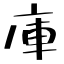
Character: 庫